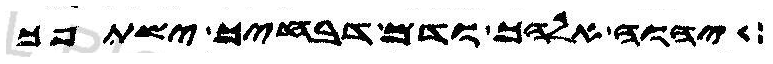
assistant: יהוה אלהך ודם דבחיך ישתפך